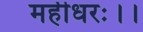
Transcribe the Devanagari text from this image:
महीधरः।।